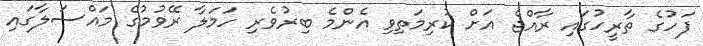
ފަހުގެ ތާރީހުގައި ރާއްޖެ އަށް ކުރިމަތިވި އެންމެ ބިރުވެރި ހަމަލާ ރޭވުމުގެ މައްސަލާގައި